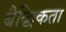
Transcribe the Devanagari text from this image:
बैद्धिकता